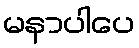
မနာပါပေ